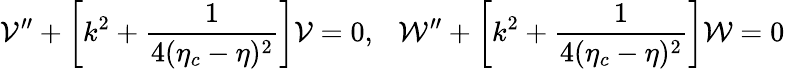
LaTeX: {\cal V}^{\prime\prime}+\left[k^{2}+\frac{1}{4(\eta_{c}-\eta)^{2}}\right]{\cal V}=0,~~~{\cal W}^{\prime\prime}+\left[k^{2}+\frac{1}{4(\eta_{c}-\eta)^{2}}\right]{\cal W}=0